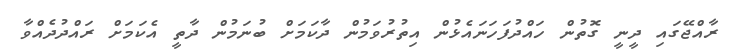
ރާއްޖޭގައި ދީނީ ގޮތުން ހައްދުފަހަނައެޅުން އިތުރުވަމުން ދާކަމަށް ބުނަމުން ދާތީ އެކަމަށް ރައްދުދެއްވާ